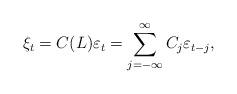
LaTeX: \begin{align*}\xi_{t}=C(L)\varepsilon_{t}=\sum_{j=-\infty}^{\infty}C_{j}\varepsilon_{t-j},\end{align*}